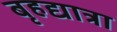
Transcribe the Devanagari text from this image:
बृहद्यात्रा